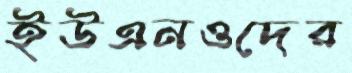
ইউএনওদের